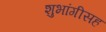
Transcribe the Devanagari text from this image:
शुभांगीसह